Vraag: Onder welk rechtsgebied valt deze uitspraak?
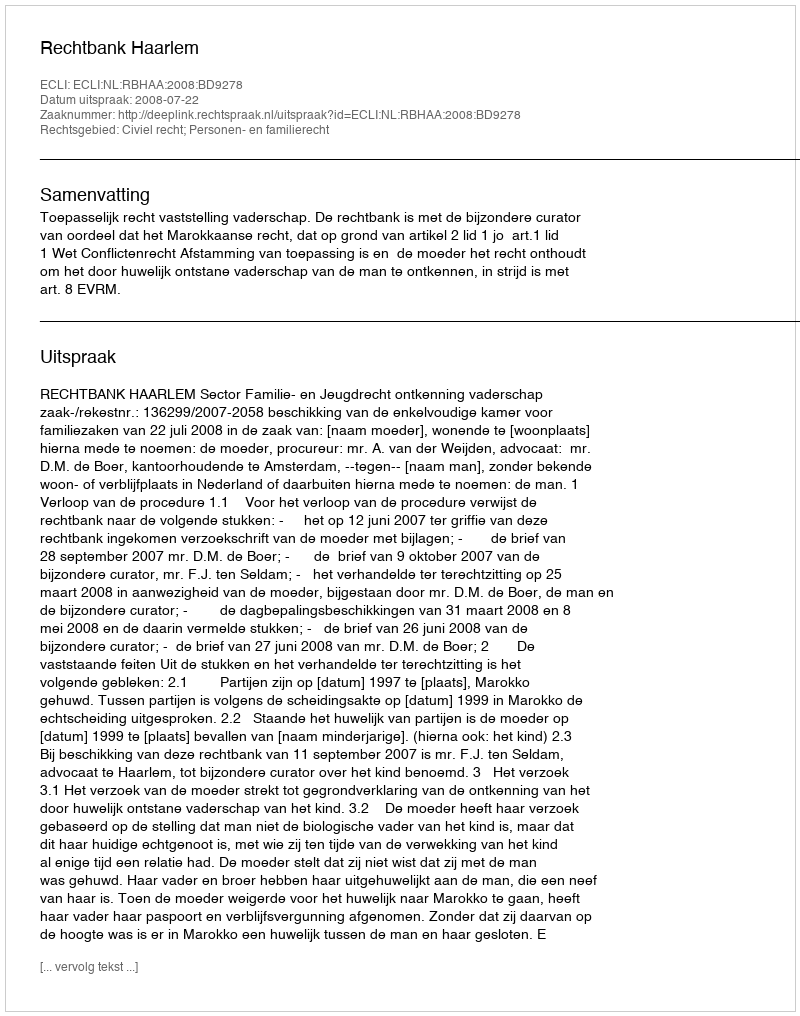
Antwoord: Civiel recht; Personen- en familierecht